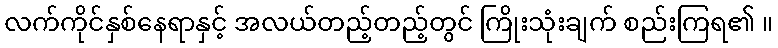
လက်ကိုင်နှစ်နေရာနှင့် အလယ်တည့်တည့်တွင် ကြိုးသုံးချက် စည်းကြရ၏ ။